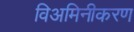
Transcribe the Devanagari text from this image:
विअमिनीकरण